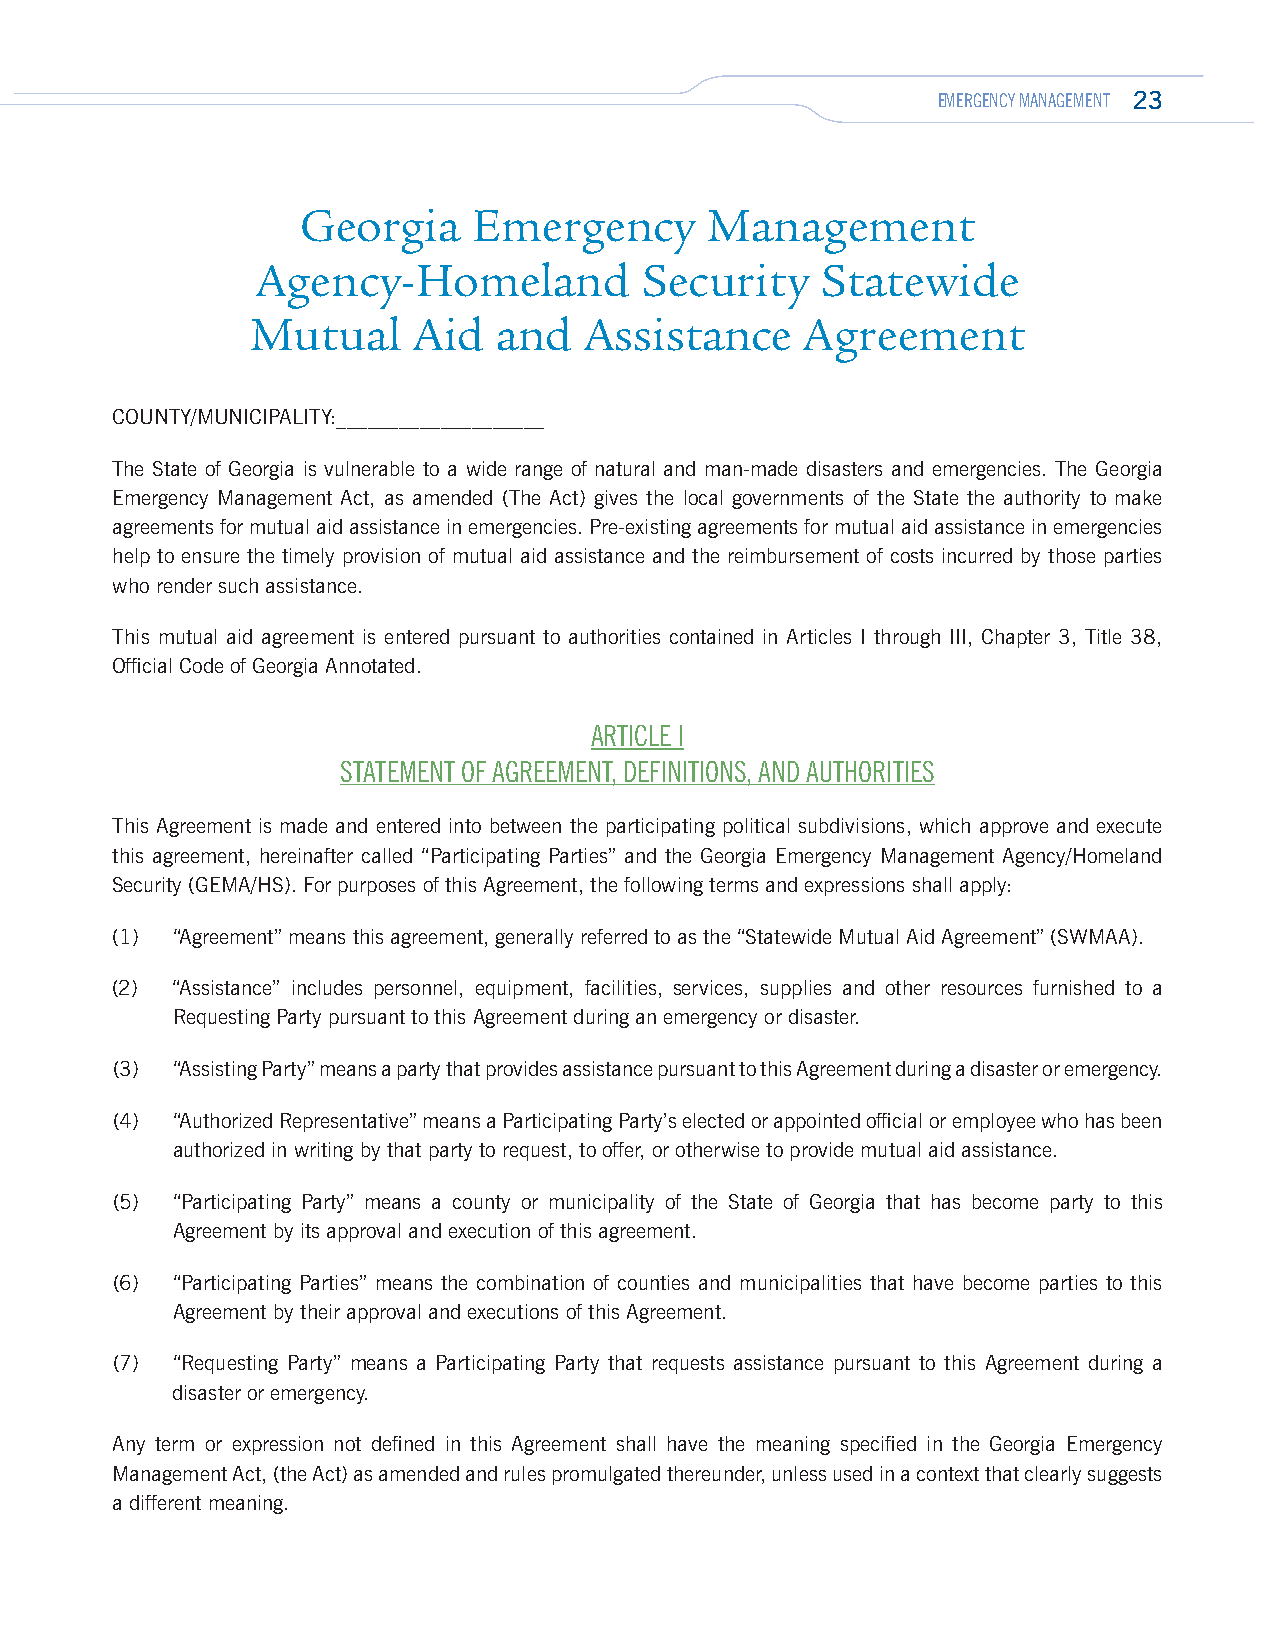
EMERGENCY MANAGEMENT 23
 Georgia    Emergency       Management
 Agency-Homeland           Security   Statewide
 Mutual    Aid   and   Assistance    Agreement
 COUNTY/MUNICIPALITY:____________________
 The State of Georgia is vulnerable to a wide range of natural and man-made disasters and emergencies. The Georgia
 Emergency Management Act, as amended (The Act) gives the local governments of the State the authority to make
 agreements for mutual aid assistance in emergencies. Pre-existing agreements for mutual aid assistance in emergencies
 help to ensure the timely provision of mutual aid assistance and the reimbursement of costs incurred by those parties
 who render such assistance.
 This mutual aid agreement is entered pursuant to authorities contained in Articles I through III, Chapter 3, Title 38,
 Official Code of Georgia Annotated.
 ARTICLE I
 STATEMENT OF AGREEMENT, DEFINITIONS, AND AUTHORITIES
 This Agreement is made and entered into between the participating political subdivisions, which approve and execute
 this agreement, hereinafter called “Participating Parties” and the Georgia Emergency Management Agency/Homeland
 Security (GEMA/HS). For purposes of this Agreement, the following terms and expressions shall apply:
 (1) “Agreement” means this agreement, generally referred to as the “Statewide Mutual Aid Agreement” (SWMAA).
 (2) “Assistance” includes personnel, equipment, facilities, services, supplies and other resources furnished to a
 Requesting Party pursuant to this Agreement during an emergency or disaster.
 (3) “Assisting Party” means a party that provides assistance pursuant to this Agreement during a disaster or emergency.
 (4) “Authorized Representative” means a Participating Party’s elected or appointed official or employee who has been
 authorized in writing by that party to request, to offer, or otherwise to provide mutual aid assistance.
 (5) “Participating Party” means a county or municipality of the State of Georgia that has become party to this
 Agreement by its approval and execution of this agreement.
 (6) “Participating Parties” means the combination of counties and municipalities that have become parties to this
 Agreement by their approval and executions of this Agreement.
 (7) “Requesting Party” means a Participating Party that requests assistance pursuant to this Agreement during a
 disaster or emergency.
 Any term or expression not defined in this Agreement shall have the meaning specified in the Georgia Emergency
 Management Act, (the Act) as amended and rules promulgated thereunder, unless used in a context that clearly suggests
 a different meaning.